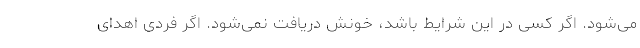
می‌شود. اگر کسی در این شرایط باشد، خونش دریافت نمی‌شود. اگر فردی اهدای